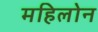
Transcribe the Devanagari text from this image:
महिलोन